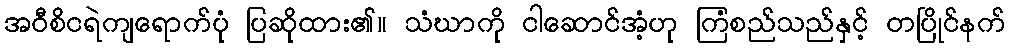
အဝီစိငရဲကျရောက်ပုံ ပြဆိုထား၏။ သံဃာကို ငါဆောင်အံ့ဟု ကြံစည်သည်နှင့် တပြိုင်နက်